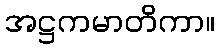
အဋ္ဌကမာတိကာ။